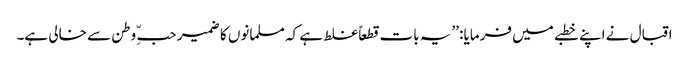
اقبال نے اپنے خطبے میں فرمایا: ’’یہ بات قطعاً غلط ہے کہ مسلمانوں کا ضمیر حبّ ِ وطن سے خالی ہے۔